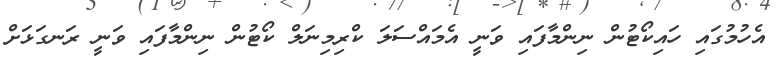
އެހުމުގައި ހައިކޯޓުން ނިންމާފައި ވަނީ އެމައްސަލަ ކްރިމިނަލް ކޯޓުން ނިންމާފައި ވަނީ ރަނގަޅަށް